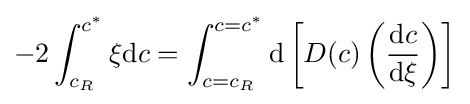
-2\int _{c_{R}}^{c^{*}}\xi \mathrm {d} c=\int _{c=c_{R}}^{c=c^{*}}\mathrm {d} \left[D(c)\left({\frac {\mathrm {d} c}{\mathrm {d} \xi }}\right)\right]